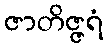
ဇာတိဇ္ဇရံ